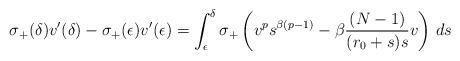
LaTeX: \begin{align*}\sigma_+(\delta) v'(\delta) - \sigma_+(\epsilon) v'(\epsilon) = \int_\epsilon^\delta \sigma_+\left(v^p s^{\beta(p-1)} - \beta\frac{(N-1)}{(r_0+s)s}v\right)\, ds\end{align*}